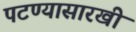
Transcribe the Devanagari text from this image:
पटण्यासारखी